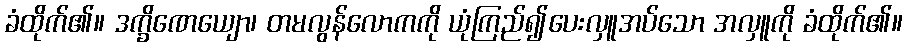
ခံထိုက်၏။ ဒက္ခိဏေယျော၊ တမလွန်လောကကို ယုံကြည်၍ပေးလှူအပ်သော အလှူကို ခံထိုက်၏။